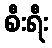
စီးရီး